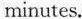
minutes.